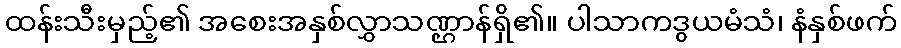
ထန်းသီးမှည့်၏ အစေးအနှစ်လွှာသဏ္ဌာန်ရှိ၏။ ပါသာကဒွယမံသံ၊ နံနှစ်ဖက်